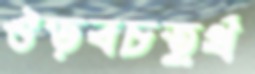
ঔড়বচতুর্থ